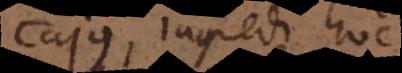
Cajus, ingredi hoc